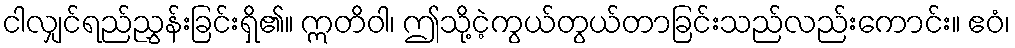
ငါလျှင်ရည်ညွှန်းခြင်းရှိ၏။ ဣတိဝါ၊ ဤသို့ငဲ့ကွယ်တွယ်တာခြင်းသည်လည်းကောင်း။ ဧဝံ၊